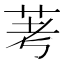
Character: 𫇷